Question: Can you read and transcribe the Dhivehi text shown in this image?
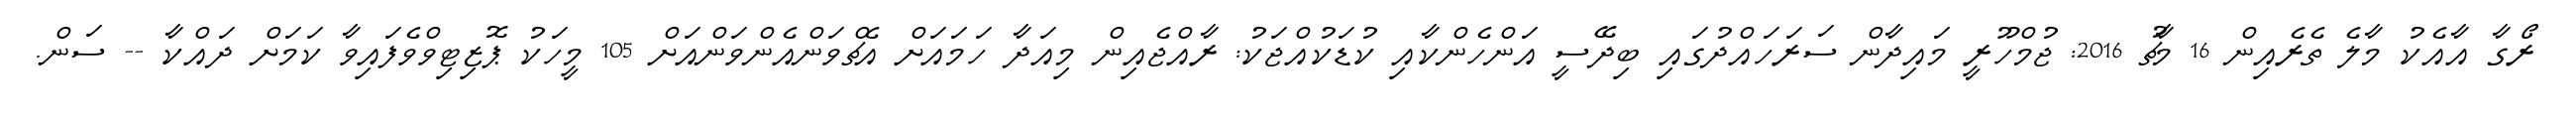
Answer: ރޯގާ އާއެކު މާލެ ތެރެއިން 16 މާޗު 2016: ޖުމްހޫރީ މައިދާން ސަރަހައްދުގައި ބިދޭސީ އަންހެންކާއި ކުޑަކުއްޖަކު: ރާއްޖެއިން މިއަދާ ހަމައަށް އެޗްވަންއެންވަންއަށް 105 މީހަކު ޕޮޒިޓިވްވެފައިވާ ކަމަށް ދައްކާ -- ސަން.